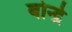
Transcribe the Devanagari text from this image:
बोन्द्रे